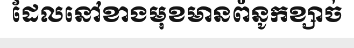
ដែលនៅខាងមុខមានពំនូកខ្សាច់